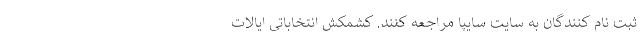
ثبت نام كنندگان به سايت سايپا مراجعه كنند. کشمکش انتخاباتی ایالات